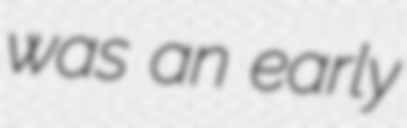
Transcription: was an early